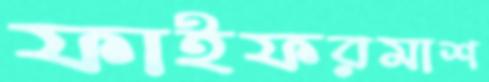
ফাইফরমাশ